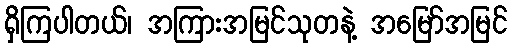
ရှိကြပါတယ်၊ အကြားအမြင်သုတနဲ့ အမြော်အမြင်